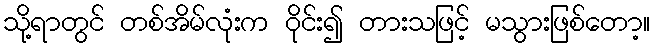
သို့ရာတွင် တစ်အိမ်လုံးက ဝိုင်း၍ တားသဖြင့် မသွားဖြစ်တော့။